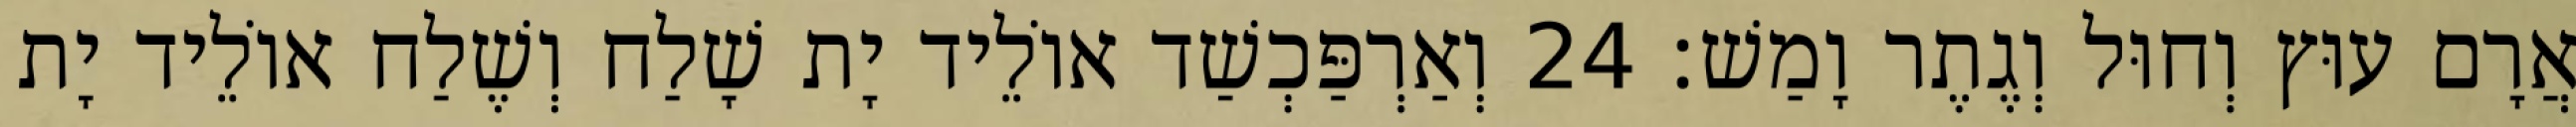
אֲרָם עוּץ וְחוּל וְגֶתֶר וָמַשׁ׃ 24 וְאַרְפַּכְשַׁד אוֹלֵיד יָת שָׁלַח וְשֶׁלַח אוֹלֵיד יָת